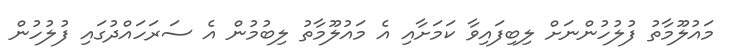
މައުލޫމާތު ފުލުހުންނަށް ލިބިފައިވާ ކަމަށާއި އެ މައުލޫމާތު ލިބުމުން އެ ސަރަހައްދުގައި ފުލުހުން